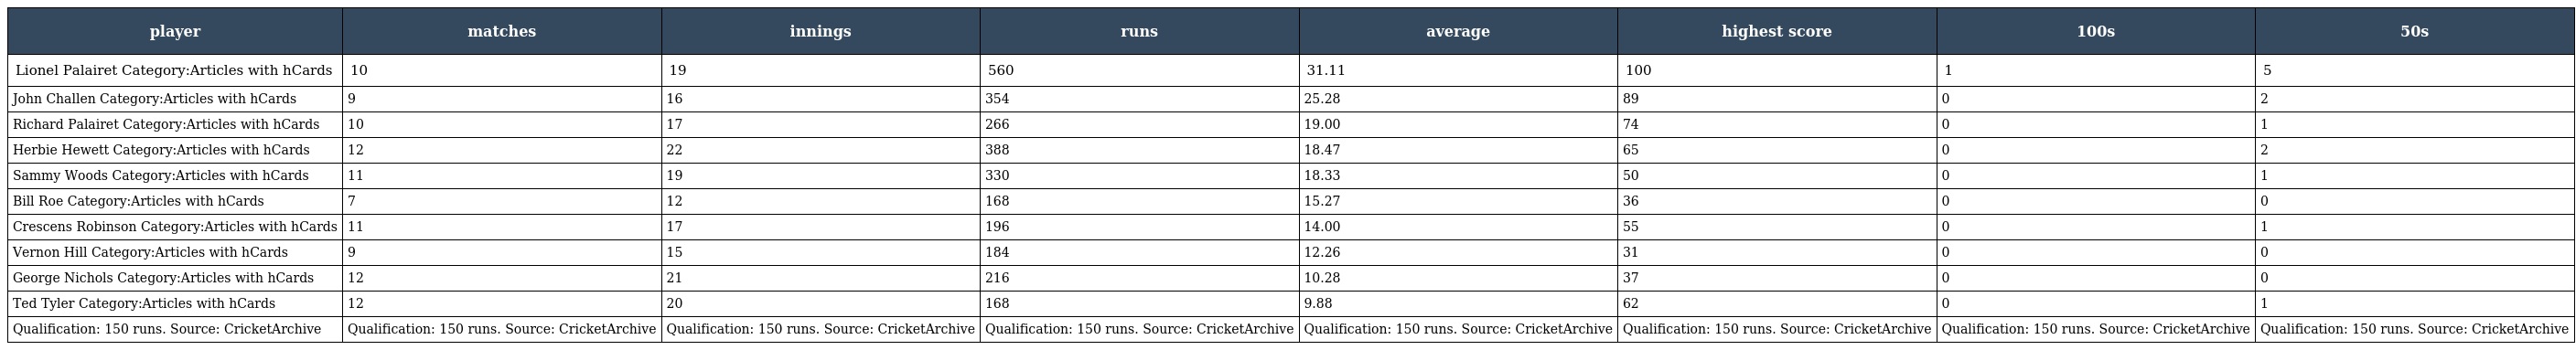
| player | matches | innings | runs | average | highest score | 100s | 50s |
 | --- | --- | --- | --- | --- | --- | --- | --- |
 | Lionel Palairet Category:Articles with hCards | 10 | 19 | 560 | 31.11 | 100 | 1 | 5 |
 | John Challen Category:Articles with hCards | 9 | 16 | 354 | 25.28 | 89 | 0 | 2 |
 | Richard Palairet Category:Articles with hCards | 10 | 17 | 266 | 19.00 | 74 | 0 | 1 |
 | Herbie Hewett Category:Articles with hCards | 12 | 22 | 388 | 18.47 | 65 | 0 | 2 |
 | Sammy Woods Category:Articles with hCards | 11 | 19 | 330 | 18.33 | 50 | 0 | 1 |
 | Bill Roe Category:Articles with hCards | 7 | 12 | 168 | 15.27 | 36 | 0 | 0 |
 | Crescens Robinson Category:Articles with hCards | 11 | 17 | 196 | 14.00 | 55 | 0 | 1 |
 | Vernon Hill Category:Articles with hCards | 9 | 15 | 184 | 12.26 | 31 | 0 | 0 |
 | George Nichols Category:Articles with hCards | 12 | 21 | 216 | 10.28 | 37 | 0 | 0 |
 | Ted Tyler Category:Articles with hCards | 12 | 20 | 168 | 9.88 | 62 | 0 | 1 |
 | Qualification: 150 runs. Source: CricketArchive | Qualification: 150 runs. Source: CricketArchive | Qualification: 150 runs. Source: CricketArchive | Qualification: 150 runs. Source: CricketArchive | Qualification: 150 runs. Source: CricketArchive | Qualification: 150 runs. Source: CricketArchive | Qualification: 150 runs. Source: CricketArchive | Qualification: 150 runs. Source: CricketArchive |